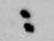
ニ